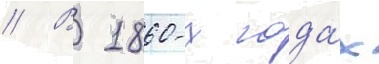
// В 1860-х года́х